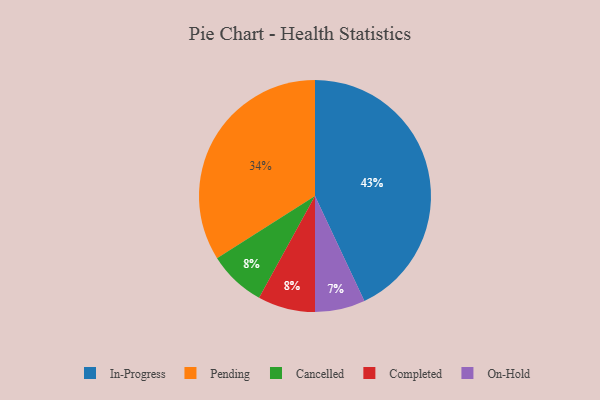
{"axis": {"x": "Category", "y": "Percentage"}, "legend": ["Cancelled", "Completed", "In-Progress", "On-Hold", "Pending"], "data": [{"x": "Cancelled", "y": 8, "type": "Cancelled"}, {"x": "In-Progress", "y": 43, "type": "In-Progress"}, {"x": "On-Hold", "y": 7, "type": "On-Hold"}, {"x": "Pending", "y": 34, "type": "Pending"}, {"x": "Completed", "y": 8, "type": "Completed"}]}